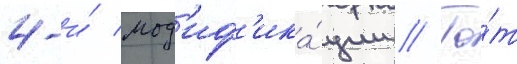
4-и́ мод'иф'ика́ции // То́т